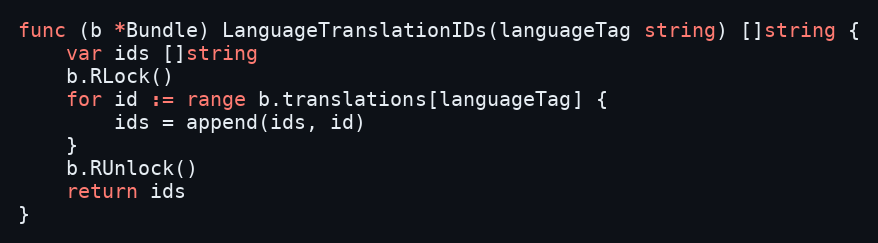
Language: Go
func (b *Bundle) LanguageTranslationIDs(languageTag string) []string {
	var ids []string
	b.RLock()
	for id := range b.translations[languageTag] {
		ids = append(ids, id)
	}
	b.RUnlock()
	return ids
}